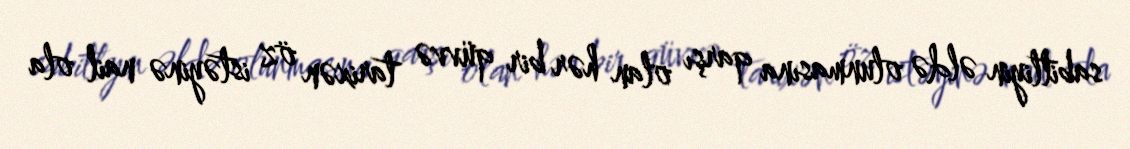
sabitliyin əldə olunmasına qarşı olan hər bir qüvvə tarixən öz istəyinə nail ola